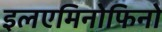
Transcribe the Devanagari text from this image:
इलएमिनोफिनो